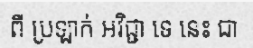
ពី ប្រឡាក់ អវិជ្ជា ទេ នេះ ជា